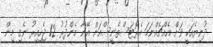
ދުނިޔެއަކީ ވަށް އެއްޗެއްނަމަ އެރޮޓަސްތެނީސްއަށް އޭނާ މެންދުރު 12 ޖެހިއިރު ނެގި މިން